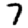
Digit: 7